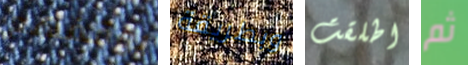
يوقفهم وبطريقة اطلقت ثم